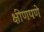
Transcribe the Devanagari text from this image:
क्षीणपणे